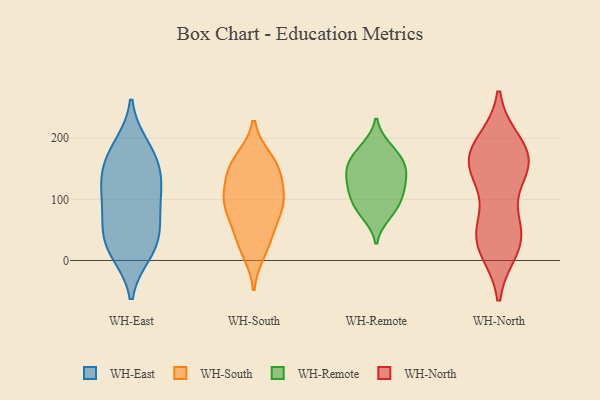
{"axis": {"x": "Page Views", "y": "Value"}, "legend": ["WH-East", "WH-North", "WH-Remote", "WH-South"], "data": [{"x": "", "y": 79, "type": "WH-East"}, {"x": "", "y": 42, "type": "WH-East"}, {"x": "", "y": 131, "type": "WH-East"}, {"x": "", "y": 12, "type": "WH-East"}, {"x": "", "y": 148, "type": "WH-East"}, {"x": "", "y": 188, "type": "WH-East"}, {"x": "", "y": 139, "type": "WH-East"}, {"x": "", "y": 26, "type": "WH-East"}, {"x": "", "y": 184, "type": "WH-East"}, {"x": "", "y": 45, "type": "WH-East"}, {"x": "", "y": 162, "type": "WH-East"}, {"x": "", "y": 102, "type": "WH-East"}, {"x": "", "y": 110, "type": "WH-East"}, {"x": "", "y": 12, "type": "WH-East"}, {"x": "", "y": 74, "type": "WH-East"}, {"x": "", "y": 101, "type": "WH-South"}, {"x": "", "y": 154, "type": "WH-South"}, {"x": "", "y": 87, "type": "WH-South"}, {"x": "", "y": 123, "type": "WH-South"}, {"x": "", "y": 167, "type": "WH-South"}, {"x": "", "y": 89, "type": "WH-South"}, {"x": "", "y": 135, "type": "WH-South"}, {"x": "", "y": 52, "type": "WH-South"}, {"x": "", "y": 165, "type": "WH-South"}, {"x": "", "y": 94, "type": "WH-South"}, {"x": "", "y": 48, "type": "WH-South"}, {"x": "", "y": 23, "type": "WH-South"}, {"x": "", "y": 92, "type": "WH-South"}, {"x": "", "y": 13, "type": "WH-South"}, {"x": "", "y": 147, "type": "WH-South"}, {"x": "", "y": 159, "type": "WH-Remote"}, {"x": "", "y": 127, "type": "WH-Remote"}, {"x": "", "y": 119, "type": "WH-Remote"}, {"x": "", "y": 96, "type": "WH-Remote"}, {"x": "", "y": 74, "type": "WH-Remote"}, {"x": "", "y": 80, "type": "WH-Remote"}, {"x": "", "y": 186, "type": "WH-Remote"}, {"x": "", "y": 121, "type": "WH-Remote"}, {"x": "", "y": 156, "type": "WH-Remote"}, {"x": "", "y": 181, "type": "WH-Remote"}, {"x": "", "y": 150, "type": "WH-Remote"}, {"x": "", "y": 102, "type": "WH-Remote"}, {"x": "", "y": 150, "type": "WH-Remote"}, {"x": "", "y": 158, "type": "WH-North"}, {"x": "", "y": 171, "type": "WH-North"}, {"x": "", "y": 51, "type": "WH-North"}, {"x": "", "y": 30, "type": "WH-North"}, {"x": "", "y": 50, "type": "WH-North"}, {"x": "", "y": 145, "type": "WH-North"}, {"x": "", "y": 143, "type": "WH-North"}, {"x": "", "y": 164, "type": "WH-North"}, {"x": "", "y": 36, "type": "WH-North"}, {"x": "", "y": 190, "type": "WH-North"}, {"x": "", "y": 180, "type": "WH-North"}, {"x": "", "y": 21, "type": "WH-North"}]}